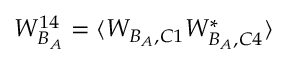
W _ { B _ { A } } ^ { 1 4 } = \langle W _ { B _ { A } , C 1 } W _ { B _ { A } , C 4 } ^ { * } \rangle